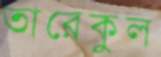
তারেকুল